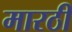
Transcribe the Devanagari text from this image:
मारठी